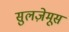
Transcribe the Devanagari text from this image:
सुलज़ेमूस